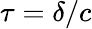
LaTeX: \tau=\delta/c